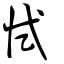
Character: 恜